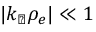
| k _ { \perp } \rho _ { e } | \ll 1